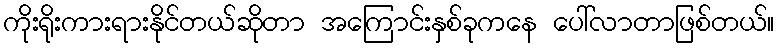
ကိုးရိုးကားရားနိုင်တယ်ဆိုတာ အကြောင်းနှစ်ခုကနေ ပေါ်လာတာဖြစ်တယ်။